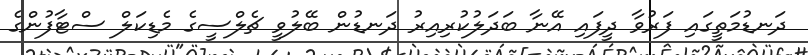
ދަނޑުމަތީގައި ފަރުވާ ދީފައި އޭނާ ބަދަލުކުރިއިރު ދަނޑުން ބޭލުވީ ޗެލްސީގެ މެޑިކަލް ސްޓާފުންގެ